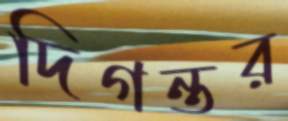
দিগন্তর